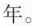
年。